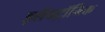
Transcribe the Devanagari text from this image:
इलैक्‍ट्रॉनिक